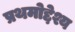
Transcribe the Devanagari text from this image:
प्रथमोद्देश्य